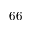
6 6